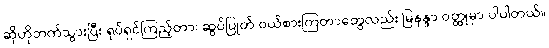
ဆိုဟိုဘက်သွားပြီး ရုပ်ရှင်ကြည့်တာ၊ ဆွပ်ပြုတ် ဝယ်စားကြတာတွေလည်း မြနန္ဒာ ဝတ္ထုမှာ ပါပါတယ်။